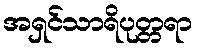
အရှင်သာရိပုတ္တရာ